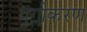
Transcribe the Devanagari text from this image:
युग्लीकरण